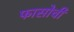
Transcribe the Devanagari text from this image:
फासोची